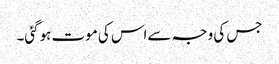
جس کی وجہ سےاس کی موت ہوگئی۔